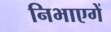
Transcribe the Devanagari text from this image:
निभाएगें